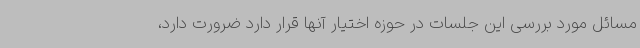
مسائل مورد بررسی این جلسات در حوزه اختیار آنها قرار دارد ضرورت دارد،